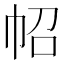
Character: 𢁾